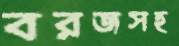
বরজসহ